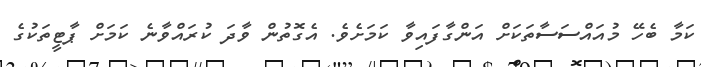
ކަމާ ބެހޭ މުއައްސަސާތަކަށް އަންގާފައިވާ ކަމަށެވެ. އެގޮތުން ވާދަ ކުރައްވާނެ ކަމަށް ޕާޓީތަކުގެ